DOW-UAP-D61, Mission Report, Persian Gulf, August 2020
Agency: Department of War
Incident date: 8/27/20
Incident location: Persian Gulf
Page 1
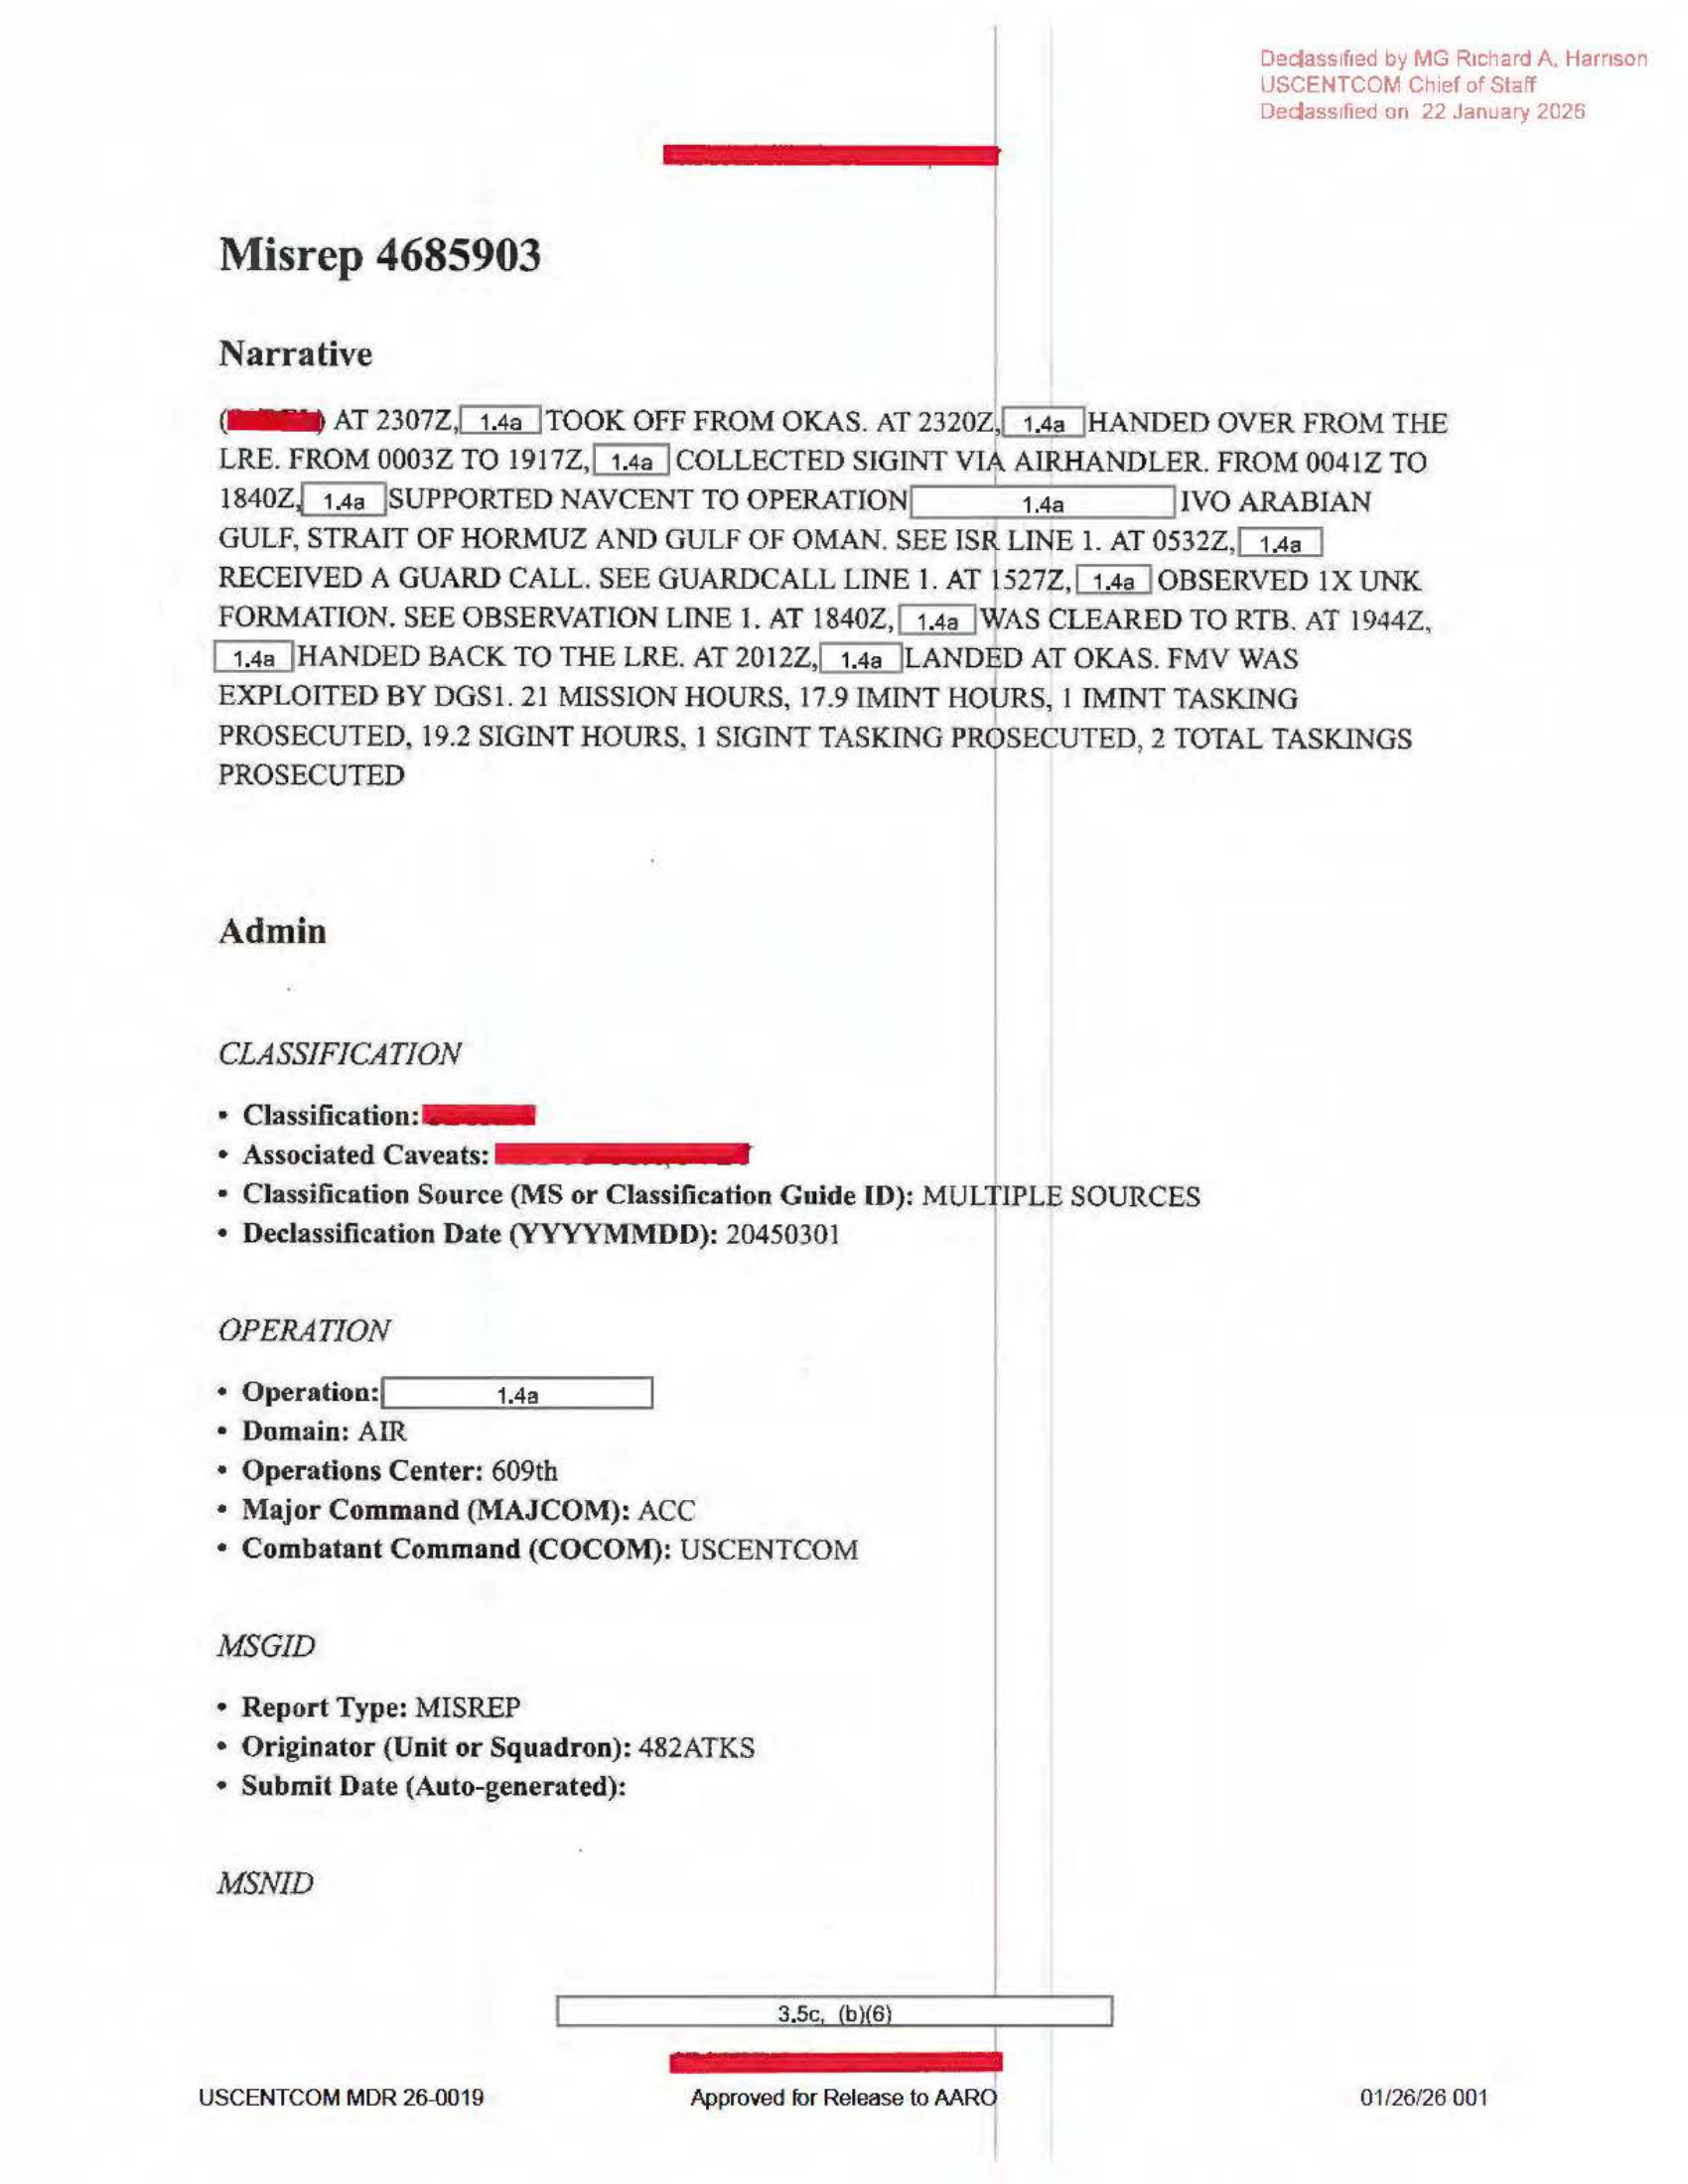